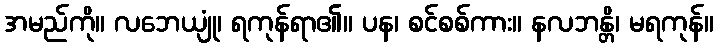
အမည်ကို။ လဘေယျုံ၊ ရကုန်ရာ၏။ ပန၊ စင်စစ်ကား။ နလဘန္တိ၊ မရကုန်။